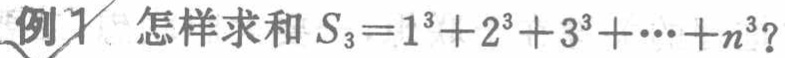
例1 怎样求和 \(S_{3}=1^{3}+2^{3}+3^{3}+\cdots +n^{3}\)？